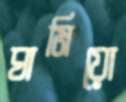
ঘামিয়ো